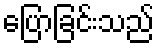
ပြောခြင်းသည်